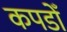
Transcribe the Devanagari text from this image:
कपडोँ